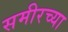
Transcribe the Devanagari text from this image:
समीरच्या